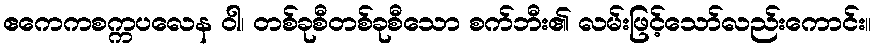
ဧကေကစက္ကပလေန ဝါ၊ တစ်ခုစီတစ်ခုစီသော စက်ဘီး၏ လမ်းဖြင့်သော်လည်းကောင်း။